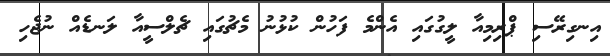
އިނގިރޭސި ޕްރިމިއާ ލީގުގައި އެންމެ ފަހުން ކުޅުނު މެޗުގައި ޗެލްސީއާ ލަނޑެއް ނުޖެހި